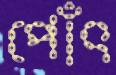
পোঁৎ